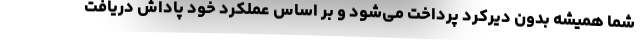
شما همیشه بدون دیرکرد پرداخت می‌شود و بر اساس عملکرد خود پاداش دریافت